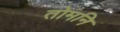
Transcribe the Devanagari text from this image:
तोमनि